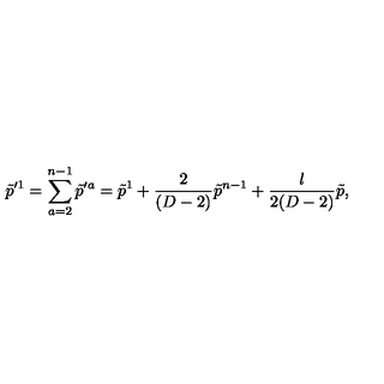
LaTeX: \tilde { p } ^ { \prime 1 } = \sum _ { a = 2 } ^ { n - 1 } \tilde { p } ^ { \prime a } = \tilde { p } ^ { 1 } + { \frac { 2 } { ( D - 2 ) } } \tilde { p } ^ { n - 1 } + { \frac { l } { 2 ( D - 2 ) } } \tilde { p } ,